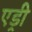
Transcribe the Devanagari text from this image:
एड्री